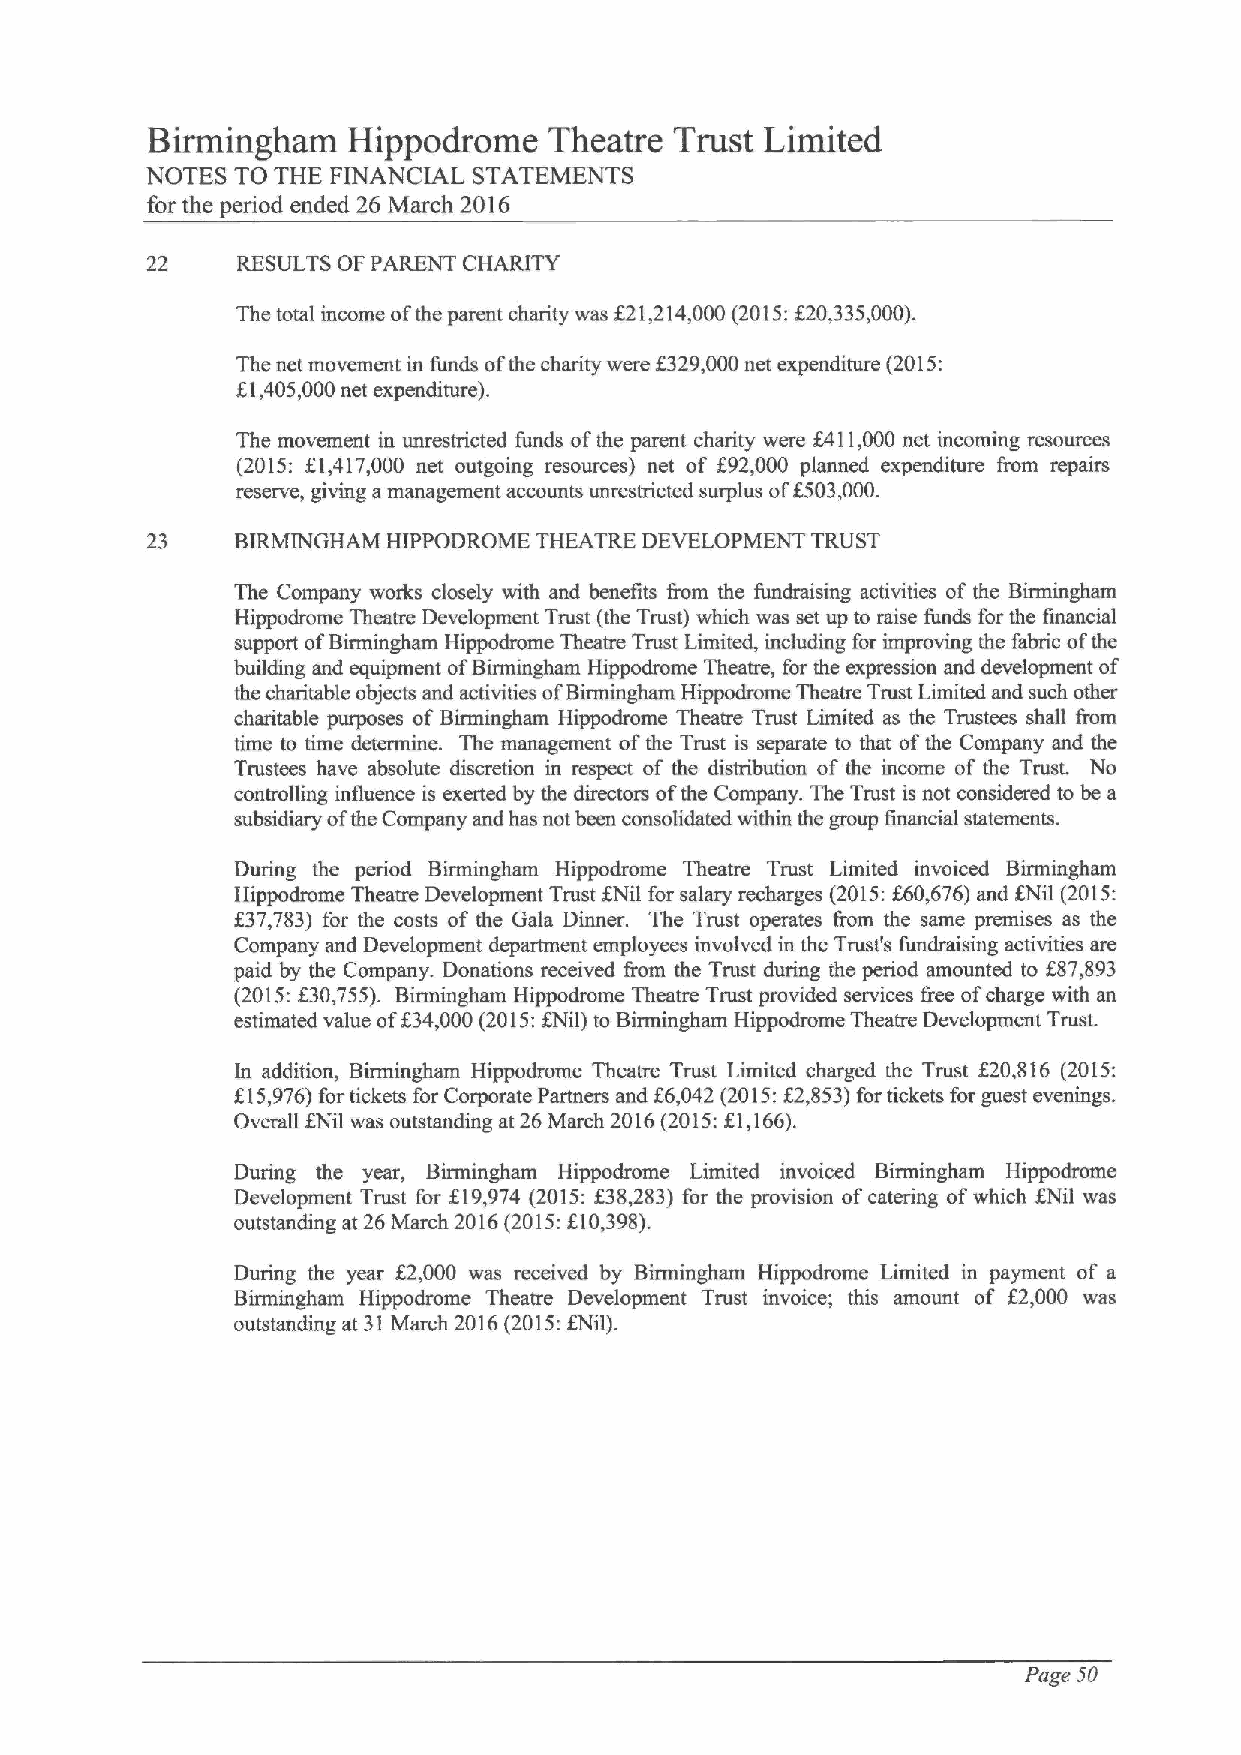
Birmingham   Hippodrome   Theatre  Trust Limited
 NOTES TO THE FINANCIAL STATEMENTS
 for the period ended 26 March 2016
 22    RESULTS OF PARENT CHARITY
 The total income ofthe parent charity was f21,214,000(2015:f20,335,000).
 The net movement in funds ofthe charity were f 329,000net expenditure (2015:
 K1,405,000net expenditure).
 The movement in unrestricted funds ofthe parent charity were f411,000 net incoming resources
 (2015: 81,417,000 net outgoing resources) net of f92,000 planned expenditure from repairs
 reserve, giving amanagement accounts unrestricted surplus of8503,000.
 23    BIRMINGHAM HIPPODROME THEATRE DEVELOPMENT TRUST
 The Company works closely with and benefits Iiom the fundraising activities of the Birmingham
 Hippodrome Theatre Development Trust (the Trust) which was set up to raise funds for the financial
 support ofBirmingham Hippodmme Theatre Trust Limited, including for improving the fabric ofthe
 building and equipment ofBirmingham Hippodrome Theatre, for the expression and development of
 the charitable objects and activities ofBirmingham Hippodrome Theatre Trust Limited and such other
 charitable purposes of Birmingham Hippodrome Theatre Trust Limited as the Trustees shall from
 time to time determine. The management ofthe Trust is separate to that ofthe Company and the
 Trustees have absolute discretion in respect of the distribution of the income of the Trust. No
 controlling influence is exerted by the directors ofthe Company. The Trust is not considered to be a
 subsidiary ofthe Company and has not been consolidated within the group financial statements.
 During the period Birmingham Hippodrome Theatre Trust Limited invoiced Birmingham
 f
 Hippodrome Theatre Development Trust KNil for salary recharges (2015: 60,676)and KNil (2015:
 f37,783) for the costs of the Gala Dinner. The Trust operates from the same premises as the
 Company and Development department employees involved in the Trust's fundraising activities are
 paid by the Company. Donations received from the Trust during the period amounted to f87,893
 (2015:K30,755). Birmingham Hippodrome Theatre Trust provided services free ofcharge with an
 estimated value
 off34,000(2015:f
 Nil) to Birmingham Hippodmme Theatre Development Trust.
 In addition, Birmingham Hippodrome Theatre Trust Limited charged the Trust 820,816 (2015:
 f
 f15,976)for tickets for Corporate Partners and 6,042 (2015:Z2,853)for tickets for guest evenings.
 Overall KNil was outstanding at 26 March 2016(2015:KI,166).
 During the year, Birmingham Hippodrome Limited invoiced Birmingham Hippodrome
 Development Trust for f19,974 (2015:f38,283) for the provision ofcatering ofwhich ZNil was
 outstanding at 26March 2016(2015:ZI0,398).
 During the year f2,000 was received by Birmingham Hippodrome Limited in payment of a
 Birmingham Hippodrome Theatre Development Trust invoice; this amount of f2,000 was
 outstanding at 31March 2016(2015:&lil).
 Page 50